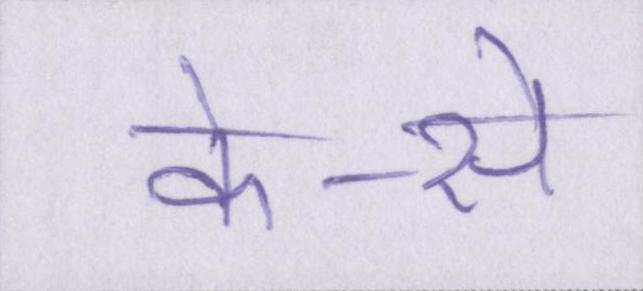
के-से